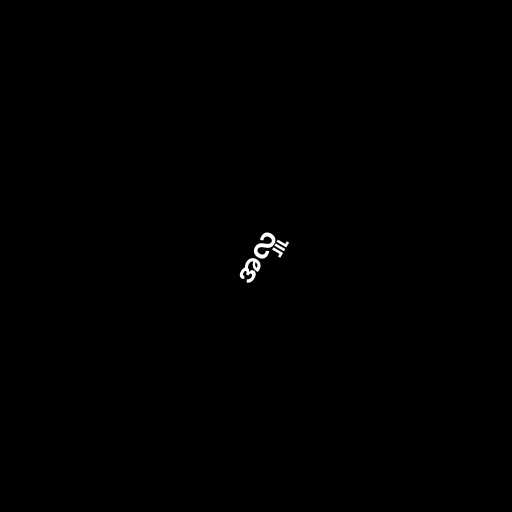
အလှူ